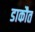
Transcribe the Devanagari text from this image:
डाकौत